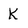
Character: K